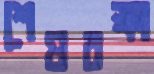
শেষরক্ষা